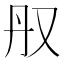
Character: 𫨳